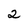
Character: 2